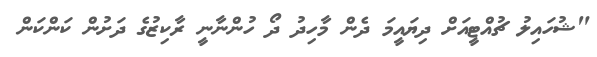
"ޝުހައިލު ޗުއްޓީއަށް ދިޔައީމަ ދެން މާހިދު ދޯ ހުންނާނީ ރާކިޒުގެ ދަށުން ކަންކަން